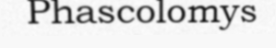
Phascolomys